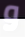
و